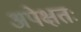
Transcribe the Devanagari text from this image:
अपेक्षतः